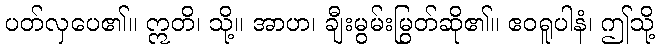
ပတ်လှပေ၏။ ဣတိ၊ သို့။ အာဟ၊ ချီးမွမ်းမြွတ်ဆို၏။ ဧဝရူပါနံ၊ ဤသို့